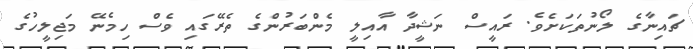
ޗައިނާގެ ލޯނުތަކަށެވެ. ރައީސް ނަޝީދާ އާއިލީ މެންބަރުންގެ ތެރޭގައި ވެސް ހިމެނޭ މަޖިލީހުގެ